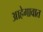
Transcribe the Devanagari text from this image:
आहेगावात